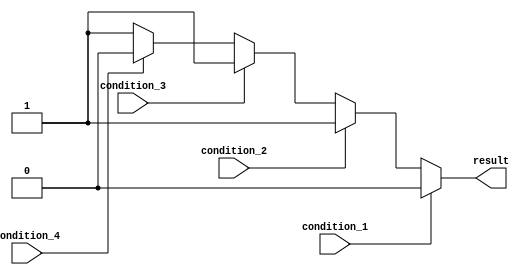
module multiple_if_else (
    input wire condition_1,
    input wire condition_2,
    input wire condition_3,
    input wire condition_4,
    output reg result
);

always @* begin
    if (condition_1) begin
        result <= 1'b0; // Code block for condition 1
    end
    else if (condition_2) begin
        result <= 1'b1; // Code block for condition 2
    end
    else if (condition_3) begin
        result <= 1'b1; // Code block for condition 3
    end
    else if (condition_4) begin
        result <= 1'b0; // Code block for condition 4
    end
    else begin
        result <= 1'b1; // Default case
    end
end

endmodule